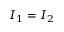
I _ { 1 } = I _ { 2 }